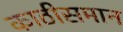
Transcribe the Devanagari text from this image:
काठीसमान